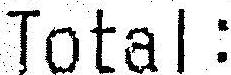
TOTAL: